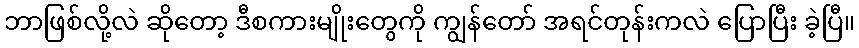
ဘာဖြစ်လို့လဲ ဆိုတော့ ဒီစကားမျိုးတွေကို ကျွန်တော် အရင်တုန်းကလဲ ပြောပြီး ခဲ့ပြီ။